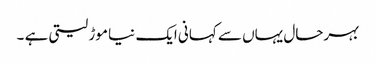
بہرحال یہاں سے کہانی ایک نیا موڑ لیتی ہے ۔